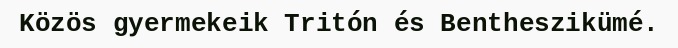
Közös gyermekeik Tritón és Bentheszikümé.